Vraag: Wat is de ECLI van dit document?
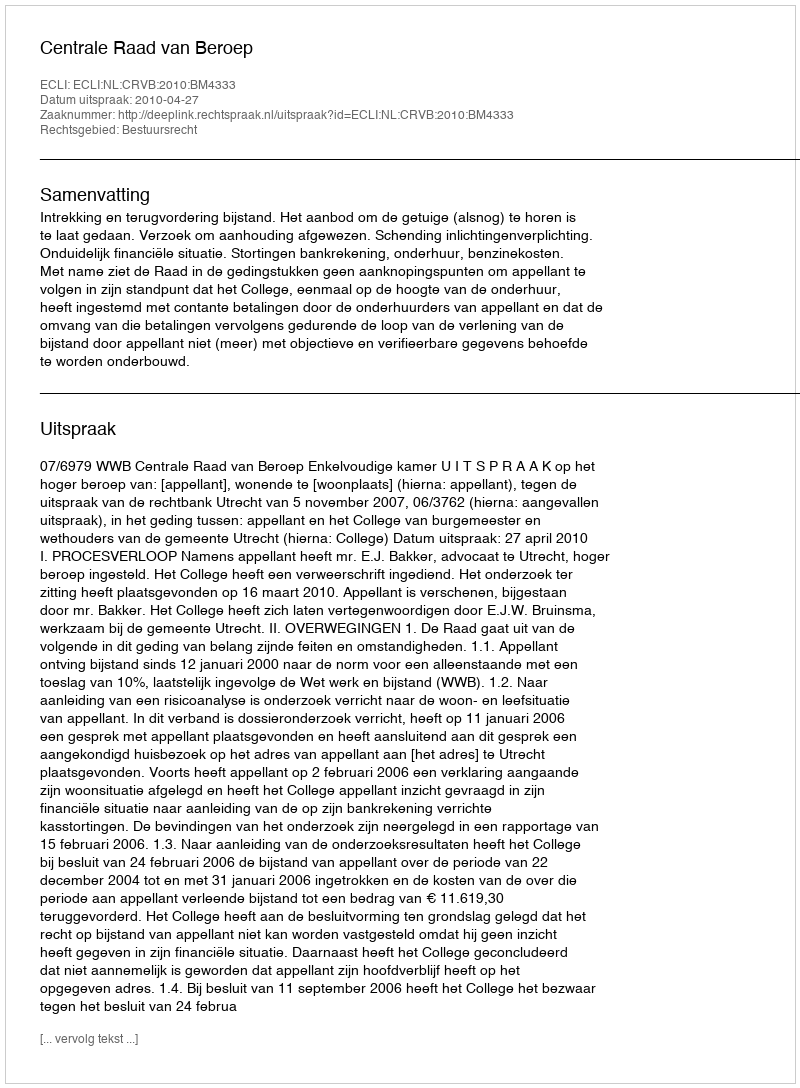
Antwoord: ECLI:NL:CRVB:2010:BM4333